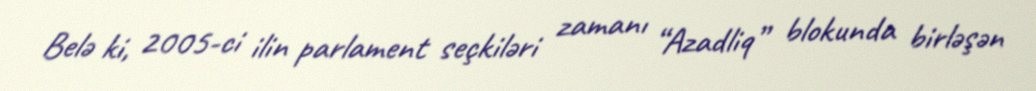
Belə ki, 2005-ci ilin parlament seçkiləri zamanı “Azadliq” blokunda birləşən